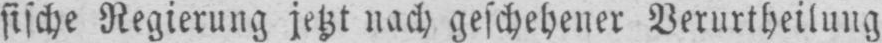
sische Regierung jetzt nach geschehener Verurtheilung